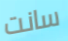
سانت